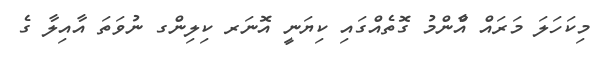
މިކަހަލަ މަރައް އާްންމު ގޮތެއްގައި ކިޔަނީ އޮނަރ ކިލިންގ ނުވަތަ އާއިލާ ގެ